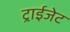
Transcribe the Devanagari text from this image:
ट्राईजेट